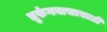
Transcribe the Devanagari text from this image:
तुरुंगवासासाठी